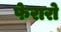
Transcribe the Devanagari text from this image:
फेरारो